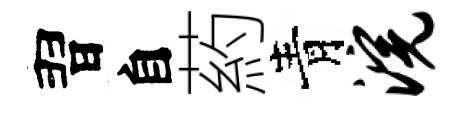
習自葯青浣